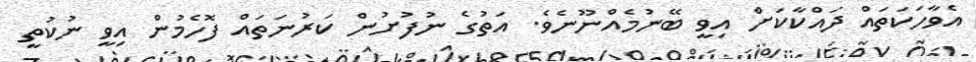
އެވާހަކަތައް ދައްކާކަށް އިވީ ބޭނުމެއްނޫނެވެ. އަތުގެ ނުފުށުން ކަރުނަތައް ފޮހެމުން އިވީ ނުކުތީ